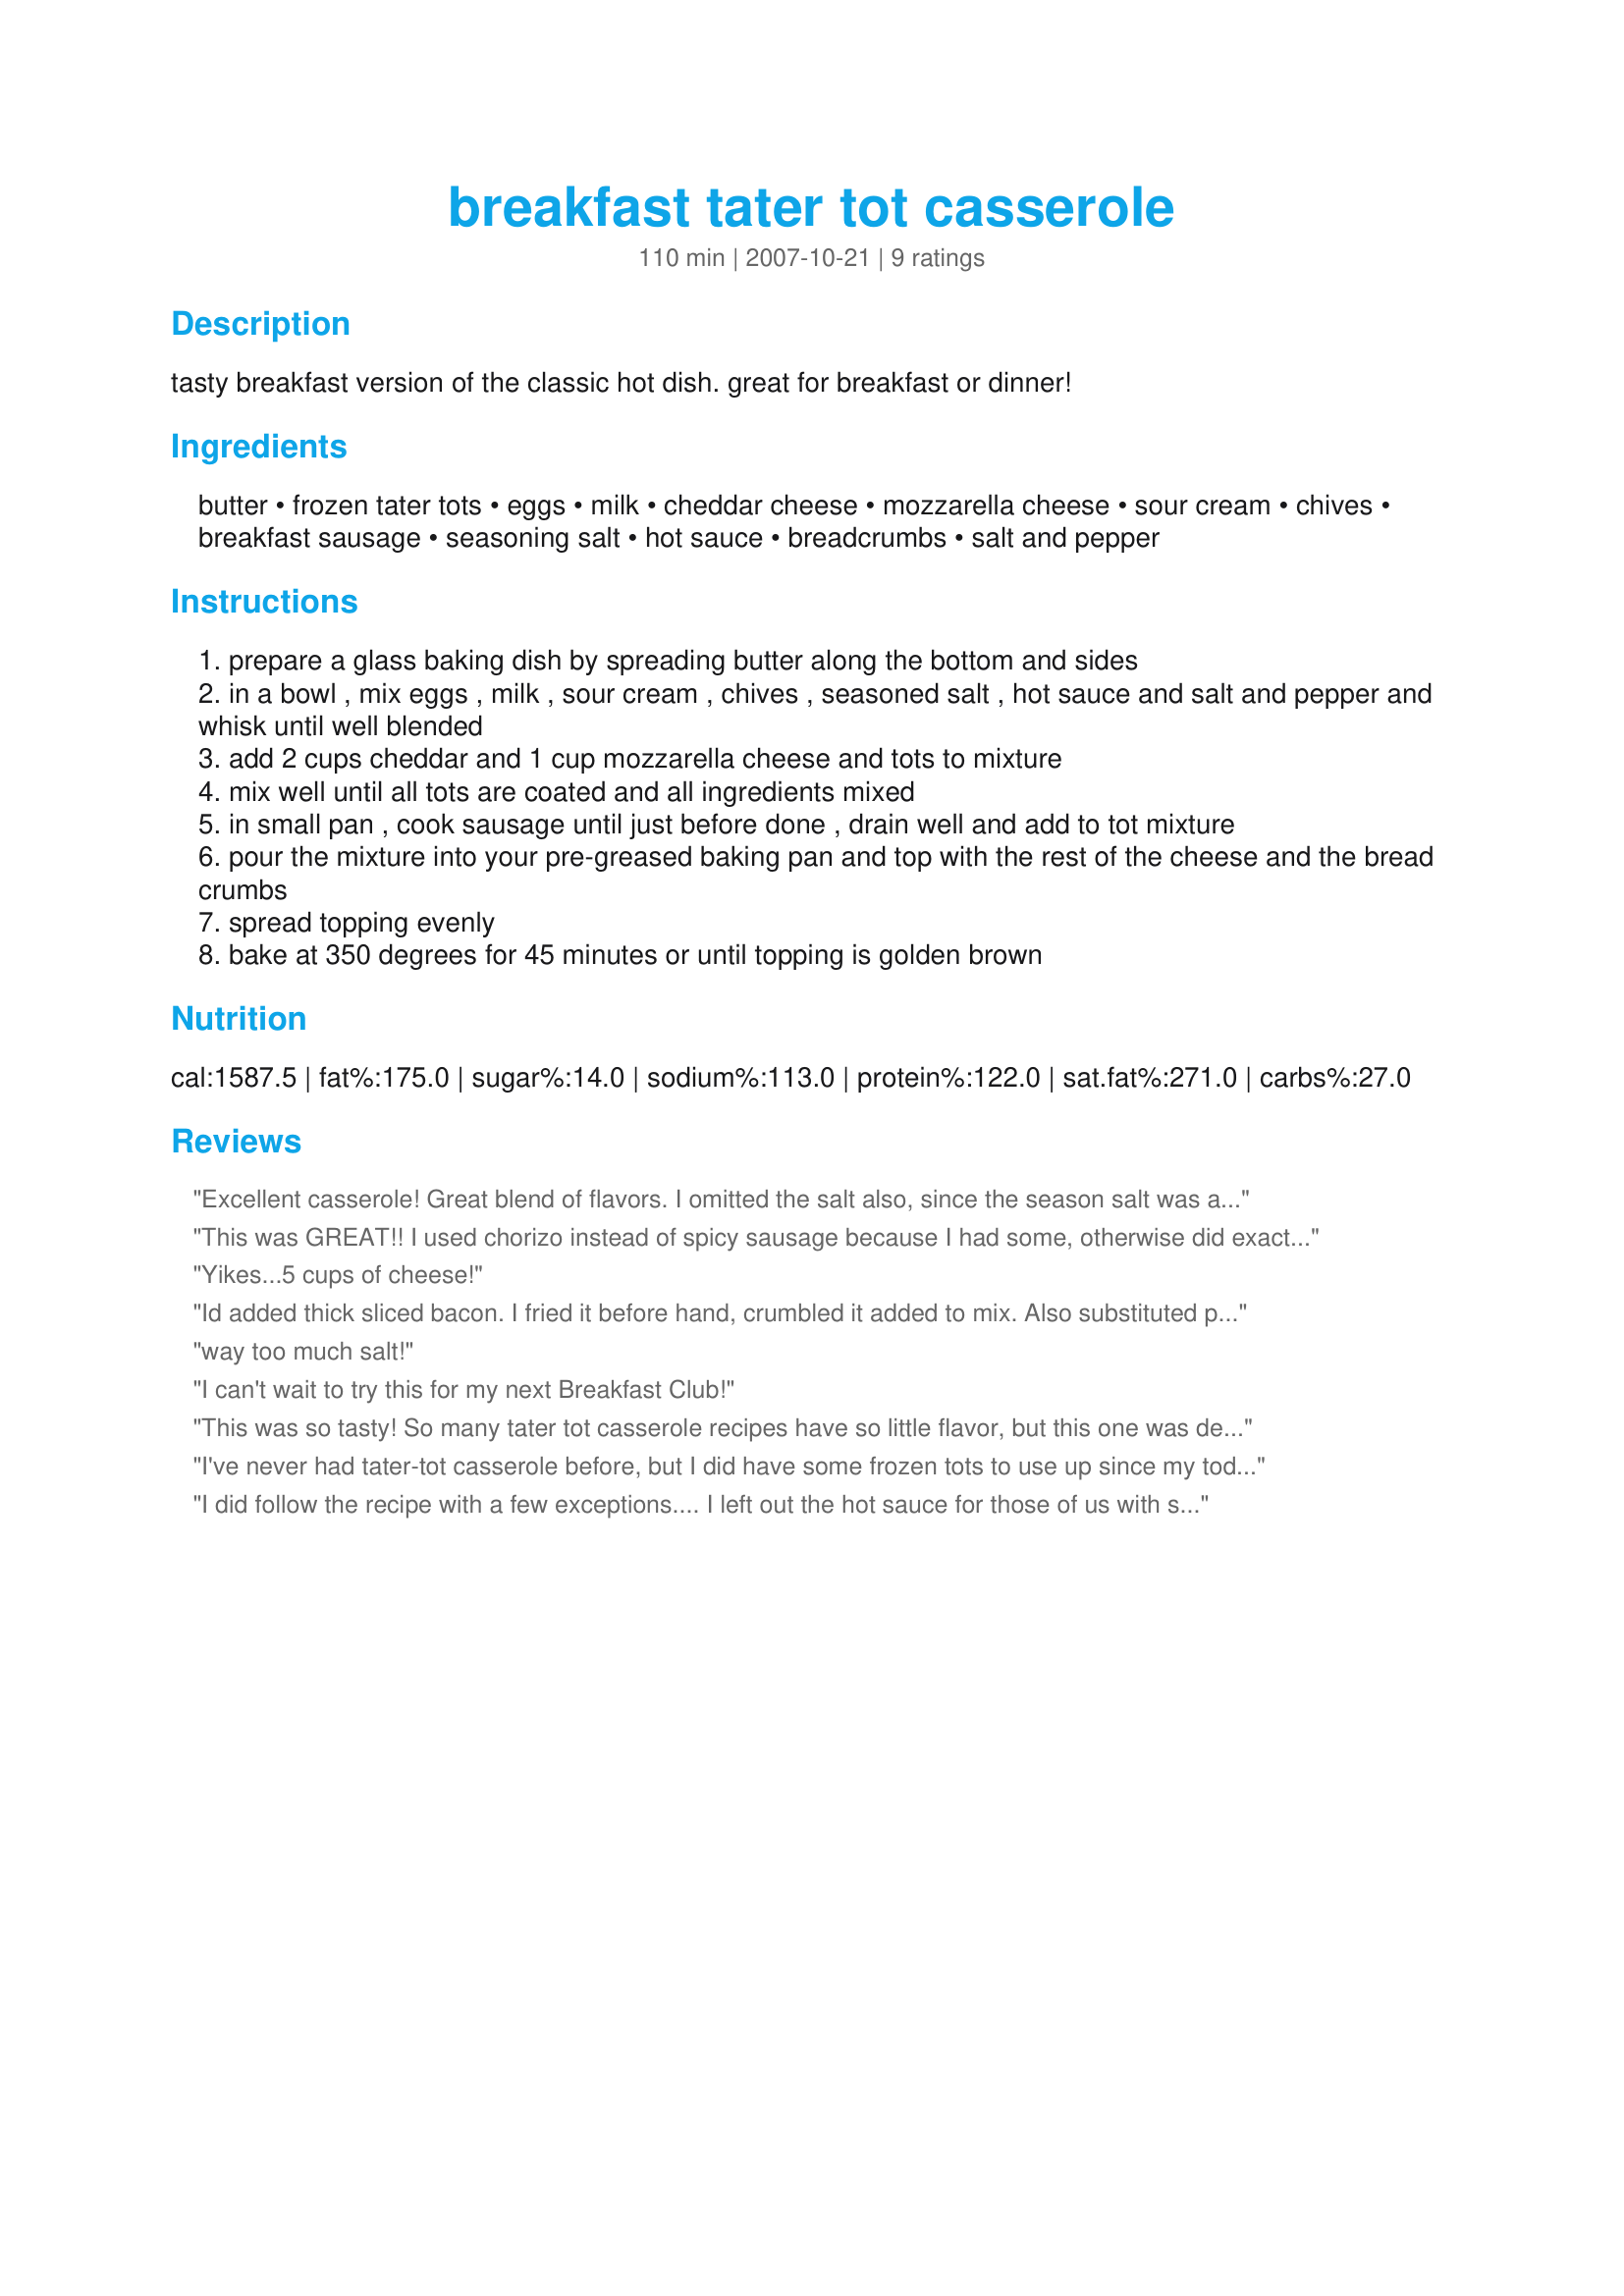
breakfast tater tot casserole
Preparation time: 110 minutes

tasty breakfast version of the classic hot dish. great for breakfast or dinner!

Ingredients:
butter, frozen tater tots, eggs, milk, cheddar cheese, mozzarella cheese, sour cream, chives, breakfast sausage, seasoning salt, hot sauce, breadcrumbs, salt and pepper

Steps:
prepare a glass baking dish by spreading butter along the bottom and sides
in a bowl , mix eggs , milk , sour cream , chives , seasoned salt , hot sauce and salt and pepper and whisk until well blended
add 2 cups cheddar and 1 cup mozzarella cheese and tots to mixture
mix well until all tots are coated and all ingredients mixed
in small pan , cook sausage until just before done , drain well and add to tot mixture
pour the mixture into your pre-greased baking pan and top with the rest of the cheese and the bread crumbs
spread topping evenly
bake at 350 degrees for 45 minutes or until topping is golden brown

Reviews:
Excellent casserole! Great blend of flavors. I omitted the salt also, since the season salt was added, and did not add the hot sauce because some people don't like it and it could be added at serving. I also used green onions instead of chives, and sage sausage instead of spicy, because that is what I had on hand. Would be super colorful with some diced red bell pepper. Definitely will be making this again!
This was GREAT!! I used chorizo instead of spicy sausage because I had some, otherwise did exactly as you said. The other reviewer must have put 1/4 cup of salt in it! hmmmm. Thanks for posting this recipe.
Vi
Yikes...5 cups of cheese!
Id added thick sliced bacon. I fried it before hand, crumbled it added to mix. Also substituted pepper jack for the mozarella.
way too much salt!
I can't wait to try this for my next Breakfast Club!
This was so tasty! So many tater tot casserole recipes have so little flavor, but this one was delicious. Even without the sausage! (I had none.) Otherwise I stuck to the recipe, though I did listen to other reviewers and only used the seasoning salt (a home made version from this site!). This is definitely a keeper. And can't wait to try it with the sausage ;)
I've never had tater-tot casserole before, but I did have some frozen tots to use up since my toddler quit eating them. We really enjoyed this recipe. I omitted the regular salt just because I didn't think it needed it with the seasoning salt & seasoned sausage already. I also had seasoned stuffing mix on hand so I used it but didn't really measure that, just sprinkled it on to cover the top. Thanks for sharing, Chef Matteo! Made & enjoyed for Photo Forum's November Casserole event.
I did follow the recipe with a few exceptions.... I left out the hot sauce for those of us with sensitive stomachs. I also used red (sweet onions) for a better taste. I only had a few sausage links so I quickly browned them in the microwave &amp; then chopped them up. I also used the cornbread stuffing that I had on hand &amp; dumped it into the egg mixture instead of the topping.I also used an assortment of seasonings. End results were tender &amp; delicious!! I will most definitely make this one again!
